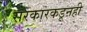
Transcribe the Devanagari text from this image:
सरकारकडूनही